Report on vaccination in the Province of Bengal - 1874-1889
Year: 1874
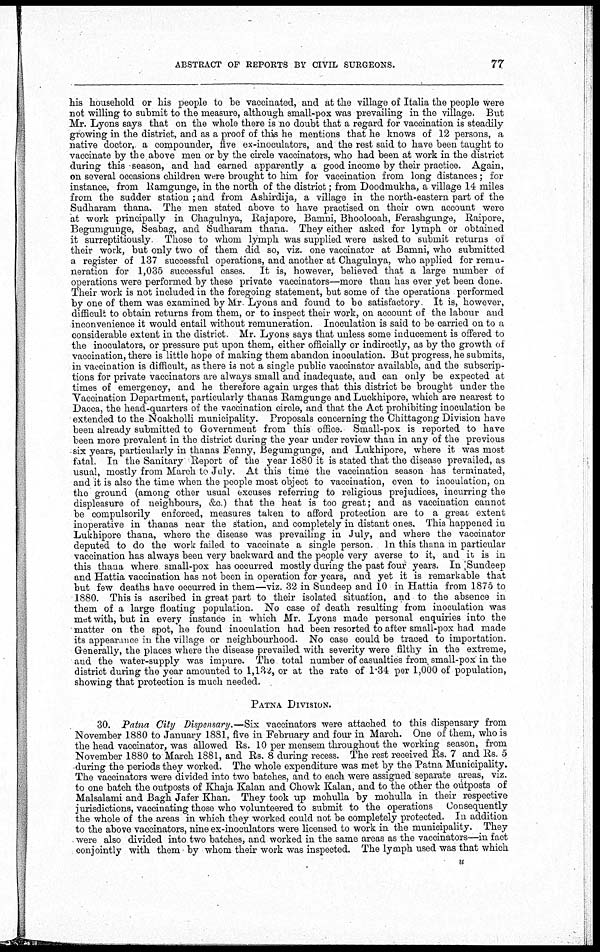
ABSTRACT OF REPORTS BY CIVIL SURGEONS.
77
his household or his people to be vaccinated, and at the village of Italia the people were
not willing to submit to the measure, although small-pox was prevailing in the village. But
Mr. Lyons says that on the whole there is no doubt that a regard for vaccination is steadily
growing in the district, and as a proof of this he mentions that he knows of 12 persons, a
native doctor, a compounder, five ex-inoculators, and the rest said to have been taught to
vaccinate by the above men or by the circle vaccinators, who had been at work in the district
during this season, and had earned apparently a good income by their practice. Again,
on several occasions children were brought to him for vaccination from long distances; for
instance, from Ramgunge, in the north of the district; from Doodmukha, a village 14 miles
from the sudder station; and from Ashirdija, a village in the north-eastern part of the
Sudharam thana. The men stated above to have practised on their own account were
at work principally in Chagulnya, Rajapore, Bamni, Bhoolooah, Ferashgunge, Raipore,
Begumgunge, Seabag, and Sudharam thana. They either asked for lymph or obtained
it surreptitiously. Those to whom lymph was supplied were asked to submit returns of
their work, but only two of them did so, viz. one vaccinator at Bamni, who submitted
a register of 137 successful operations, and another at Chagulnya, who applied for remu-
neration for 1,035 successful cases. It is, however, believed that a large number of
operations were performed by these private vaccinators—more than has ever yet been done.
Their work is not included in the foregoing statement, but some of the operations performed
by one of them was examined by Mr. Lyons and found to be satisfactory. It is, however,
difficult to obtain returns from them, or to inspect their work, on account of the labour and
inconvenience it would entail without remuneration. Inoculation is said to be carried on to a
considerable extent in the district. Mr. Lyons says that unless some inducement is offered to
the inoculators, or pressure put upon them, either officially or indirectly, as by the growth of
vaccination, there is little hope of making them abandon inoculation. But progress, he submits,
in vaccination is difficult, as there is not a single public vaccinator available, and the subscrip-
tions for private vaccinators are always small and inadequate, and can only be expected at
times of emergency, and he therefore again urges that this district be brought under the
Vaccination Department, particularly thanas Ramgunge and Luckhipore, which are nearest to
Dacca, the head-quarters of the vaccination circle, and that the Act prohibiting inoculation be
extended to the Noakholli municipality. Proposals concerning the Chittagong Division have
been already submitted to Government from this office. Small-pox is reported to have
been more prevalent in the district during the year under review than in any of the previous
six years, particularly in thanas Fenny, Begumgunge, and Lukhipore, where it was most
fatal. In the Sanitary Report of the year 1880 it is stated that the disease prevailed, as
usual, mostly from March to July. At this time the vaccination season has terminated,
and it is also the time when the people most object to vaccination, even to inoculation, on
the ground (among other usual excuses referring to religious prejudices, incurring the
displeasure of neighbours, &c.) that the heat is too great; and as vaccination cannot
be compulsorily enforced, measures taken to afford protection are to a great extent
inoperative in thanas near the station, and completely in distant ones. This happened in
Lukhipore thana, where the disease was prevailing in July, and where the vaccinator
deputed to do the work failed to vaccinate a single person. In this thana in particular
vaccination has always been very backward and the people very averse to it, and it is in
this thana where small-pox has occurred mostly during the past four years. In Sundeep
and Hattia vaccination has not been in operation for years, and yet it is remarkable that
but few deaths have occurred in them—viz. 32 in Sundeep and 10 in Hattia from 1875 to
1880. This is ascribed in great part to their isolated situation, and to the absence in
them of a large floating population. No case of death resulting from inoculation was
met with, but in every instance in which Mr. Lyons made personal enquiries into the
matter on the spot, he found inoculation had been resorted to after small-pox had made
its appearance in the village or neighbourhood. No case could be traced to importation.
Generally, the places where the disease prevailed with severity were filthy in the extreme,
and the water-supply was impure. The total number of casualties from small-pox in the
district during the year amounted to 1,132, or at the rate of 1.34 per 1,000 of population,
showing that protection is much needed.
PATNA DIVISION.
30. Patna City Dispensary.—Six vaccinators were attached to this dispensary from
November 1880 to January 1881, five in February and four in March. One of them, who is
the head vaccinator, was allowed Rs. 10 per mensem throughout the working season, from
November 1880 to March 1881, and Rs. 8 during recess. The rest received Rs. 7 and Rs. 5
during the periods they worked. The whole expenditure was met by the Patna Municipality.
The vaccinators were divided into two batches, and to each were assigned separate areas, viz.
to one batch the outposts of Khaja Kalan and Chowk Kalan, and to the other the outposts of
Malsalami and Bagh Jafer Khan. They took up mohulla by mohulla in their respective
jurisdictions, vaccinating those who volunteered to submit to the operations Consequently
the whole of the areas in which they worked could not be completely protected. In addition
to the above vaccinators, nine ex-inoculators were licensed to work in the municipality. They
. were also divided into two batches, and worked in the same areas as the vaccinators—in fact
conjointly with them by whom their work was inspected. The lymph used was that which
u